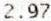
2.97